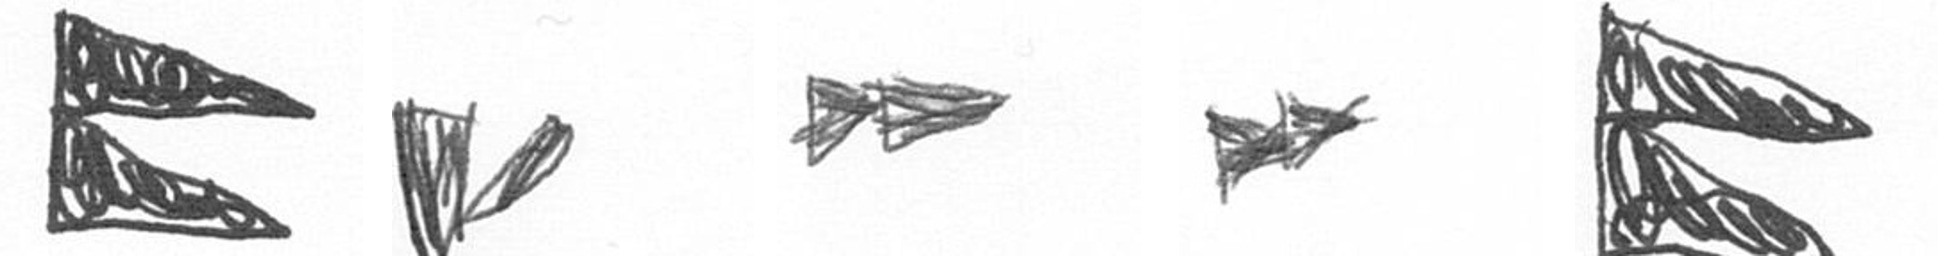
P F A A P